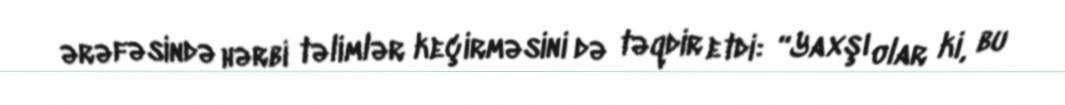
ərəfəsində hərbi təlimlər keçirməsini də təqdir etdi: “Yaxşı olar ki, bu